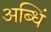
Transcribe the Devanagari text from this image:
अब्धिं